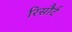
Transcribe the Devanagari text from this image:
रिसौर्ट